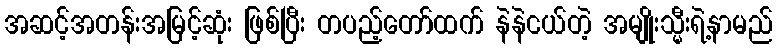
အဆင့်အတန်းအမြင့်ဆုံး ဖြစ်ပြီး တပည့်တော်ထက် နဲနဲငယ်တဲ့ အမျိုးသ္မီးရဲ့နာမည်